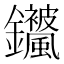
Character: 𬬣